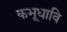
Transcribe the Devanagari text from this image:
कभूधावि